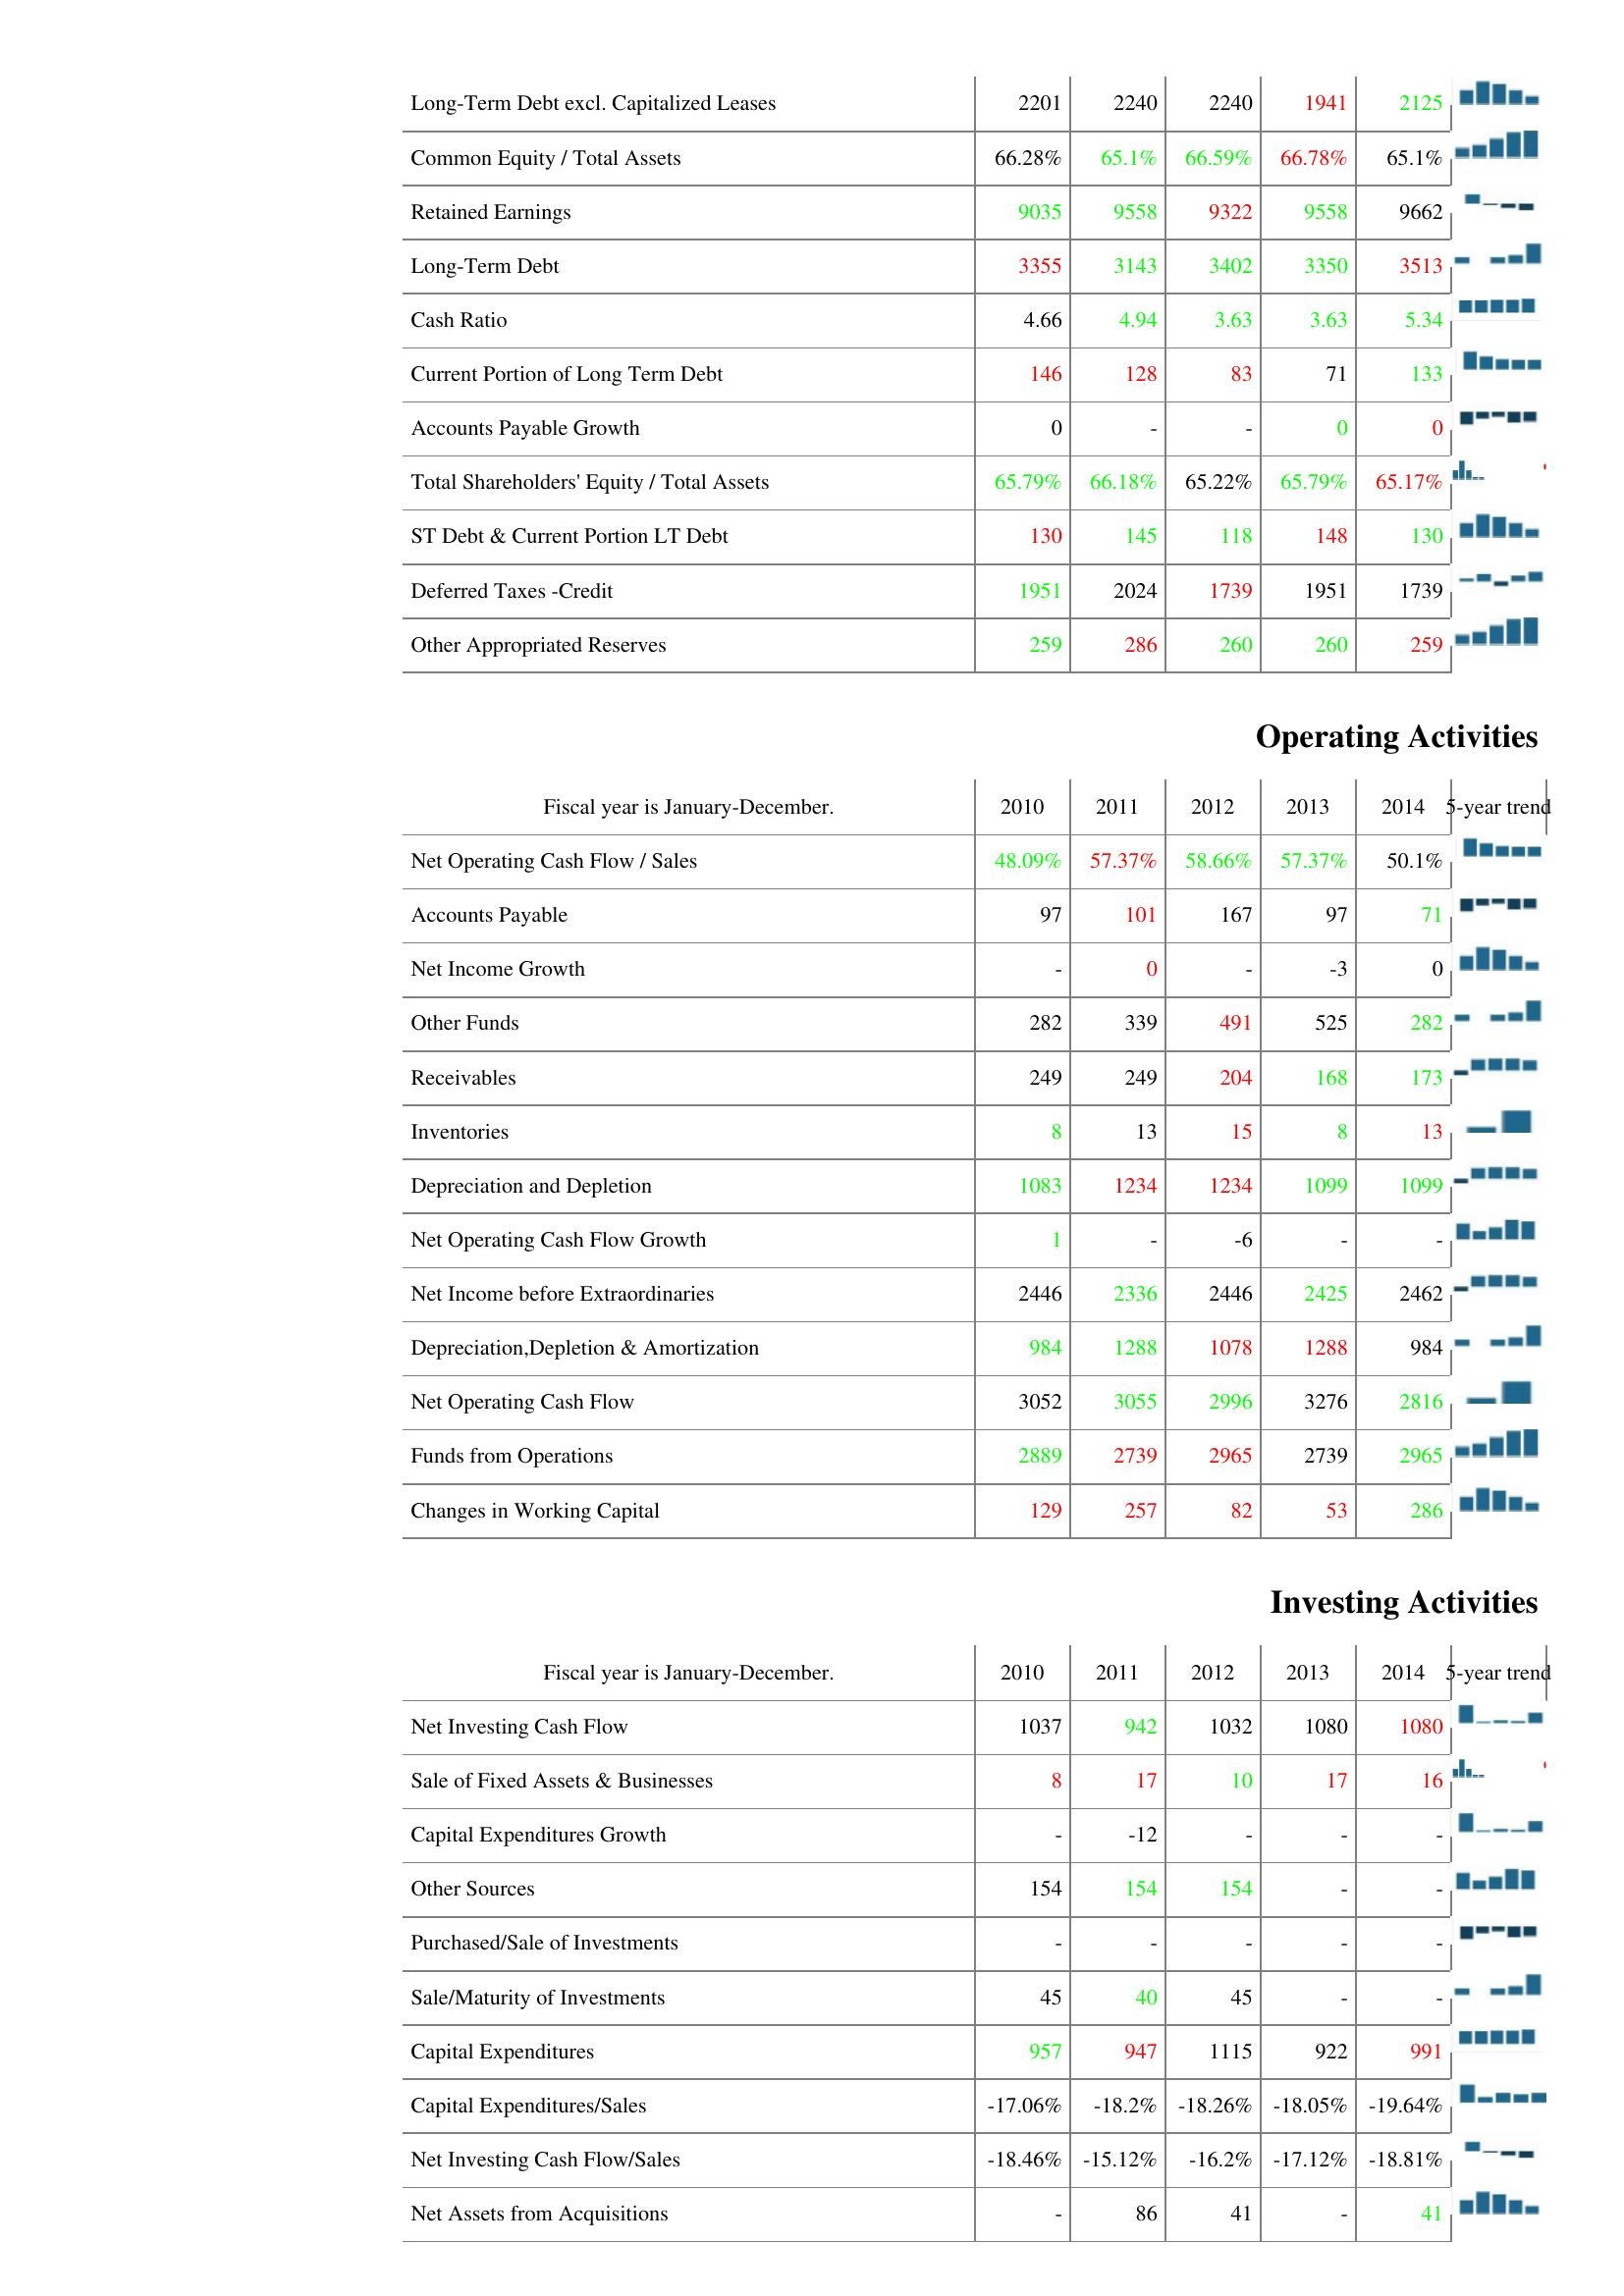
2010: Liabilities & Shareholder's Equity: Long-Term Debt excl. Capitalized Leases: 2201
Common Equity / Total Assets: 66.28%
Retained Earnings: 9035
Long-Term Debt: 3355
Cash Ratio: 4.66
Current Portion of Long Term Debt: 146
Accounts Payable Growth: 0
Total Shareholders' Equity / Total Assets: 65.79%
ST Debt & Current Portion LT Debt: 130
Deferred Taxes -Credit: 1951
Other Appropriated Reserves: 259
Operating Activities: Net Operating Cash Flow / Sales: 48.09%
Accounts Payable: 97
Net Income Growth: -
Other Funds: 282
Receivables: 249
Inventories: 8
Depreciation and Depletion: 1083
Net Operating Cash Flow Growth: 1
Net Income before Extraordinaries: 2446
Depreciation,Depletion & Amortization: 984
Net Operating Cash Flow: 3052
Funds from Operations: 2889
Changes in Working Capital: 129
Investing Activities: Net Investing Cash Flow: 1037
Sale of Fixed Assets & Businesses: 8
Capital Expenditures Growth: -
Other Sources: 154
Purchased/Sale of Investments: -
Sale/Maturity of Investments: 45
Capital Expenditures: 957
Capital Expenditures/Sales: -17.06%
Net Investing Cash Flow/Sales: -18.46%
Net Assets from Acquisitions: -
2011: Liabilities & Shareholder's Equity: Long-Term Debt excl. Capitalized Leases: 2240
Common Equity / Total Assets: 65.1%
Retained Earnings: 9558
Long-Term Debt: 3143
Cash Ratio: 4.94
Current Portion of Long Term Debt: 128
Accounts Payable Growth: -
Total Shareholders' Equity / Total Assets: 66.18%
ST Debt & Current Portion LT Debt: 145
Deferred Taxes -Credit: 2024
Other Appropriated Reserves: 286
Operating Activities: Net Operating Cash Flow / Sales: 57.37%
Accounts Payable: 101
Net Income Growth: 0
Other Funds: 339
Receivables: 249
Inventories: 13
Depreciation and Depletion: 1234
Net Operating Cash Flow Growth: -
Net Income before Extraordinaries: 2336
Depreciation,Depletion & Amortization: 1288
Net Operating Cash Flow: 3055
Funds from Operations: 2739
Changes in Working Capital: 257
Investing Activities: Net Investing Cash Flow: 942
Sale of Fixed Assets & Businesses: 17
Capital Expenditures Growth: -12
Other Sources: 154
Purchased/Sale of Investments: -
Sale/Maturity of Investments: 40
Capital Expenditures: 947
Capital Expenditures/Sales: -18.2%
Net Investing Cash Flow/Sales: -15.12%
Net Assets from Acquisitions: 86
2012: Liabilities & Shareholder's Equity: Long-Term Debt excl. Capitalized Leases: 2240
Common Equity / Total Assets: 66.59%
Retained Earnings: 9322
Long-Term Debt: 3402
Cash Ratio: 3.63
Current Portion of Long Term Debt: 83
Accounts Payable Growth: -
Total Shareholders' Equity / Total Assets: 65.22%
ST Debt & Current Portion LT Debt: 118
Deferred Taxes -Credit: 1739
Other Appropriated Reserves: 260
Operating Activities: Net Operating Cash Flow / Sales: 58.66%
Accounts Payable: 167
Net Income Growth: -
Other Funds: 491
Receivables: 204
Inventories: 15
Depreciation and Depletion: 1234
Net Operating Cash Flow Growth: -6
Net Income before Extraordinaries: 2446
Depreciation,Depletion & Amortization: 1078
Net Operating Cash Flow: 2996
Funds from Operations: 2965
Changes in Working Capital: 82
Investing Activities: Net Investing Cash Flow: 1032
Sale of Fixed Assets & Businesses: 10
Capital Expenditures Growth: -
Other Sources: 154
Purchased/Sale of Investments: -
Sale/Maturity of Investments: 45
Capital Expenditures: 1115
Capital Expenditures/Sales: -18.26%
Net Investing Cash Flow/Sales: -16.2%
Net Assets from Acquisitions: 41
2013: Liabilities & Shareholder's Equity: Long-Term Debt excl. Capitalized Leases: 1941
Common Equity / Total Assets: 66.78%
Retained Earnings: 9558
Long-Term Debt: 3350
Cash Ratio: 3.63
Current Portion of Long Term Debt: 71
Accounts Payable Growth: 0
Total Shareholders' Equity / Total Assets: 65.79%
ST Debt & Current Portion LT Debt: 148
Deferred Taxes -Credit: 1951
Other Appropriated Reserves: 260
Operating Activities: Net Operating Cash Flow / Sales: 57.37%
Accounts Payable: 97
Net Income Growth: -3
Other Funds: 525
Receivables: 168
Inventories: 8
Depreciation and Depletion: 1099
Net Operating Cash Flow Growth: -
Net Income before Extraordinaries: 2425
Depreciation,Depletion & Amortization: 1288
Net Operating Cash Flow: 3276
Funds from Operations: 2739
Changes in Working Capital: 53
Investing Activities: Net Investing Cash Flow: 1080
Sale of Fixed Assets & Businesses: 17
Capital Expenditures Growth: -
Other Sources: -
Purchased/Sale of Investments: -
Sale/Maturity of Investments: -
Capital Expenditures: 922
Capital Expenditures/Sales: -18.05%
Net Investing Cash Flow/Sales: -17.12%
Net Assets from Acquisitions: -
2014: Liabilities & Shareholder's Equity: Long-Term Debt excl. Capitalized Leases: 2125
Common Equity / Total Assets: 65.1%
Retained Earnings: 9662
Long-Term Debt: 3513
Cash Ratio: 5.34
Current Portion of Long Term Debt: 133
Accounts Payable Growth: 0
Total Shareholders' Equity / Total Assets: 65.17%
ST Debt & Current Portion LT Debt: 130
Deferred Taxes -Credit: 1739
Other Appropriated Reserves: 259
Operating Activities: Net Operating Cash Flow / Sales: 50.1%
Accounts Payable: 71
Net Income Growth: 0
Other Funds: 282
Receivables: 173
Inventories: 13
Depreciation and Depletion: 1099
Net Operating Cash Flow Growth: -
Net Income before Extraordinaries: 2462
Depreciation,Depletion & Amortization: 984
Net Operating Cash Flow: 2816
Funds from Operations: 2965
Changes in Working Capital: 286
Investing Activities: Net Investing Cash Flow: 1080
Sale of Fixed Assets & Businesses: 16
Capital Expenditures Growth: -
Other Sources: -
Purchased/Sale of Investments: -
Sale/Maturity of Investments: -
Capital Expenditures: 991
Capital Expenditures/Sales: -19.64%
Net Investing Cash Flow/Sales: -18.81%
Net Assets from Acquisitions: 41